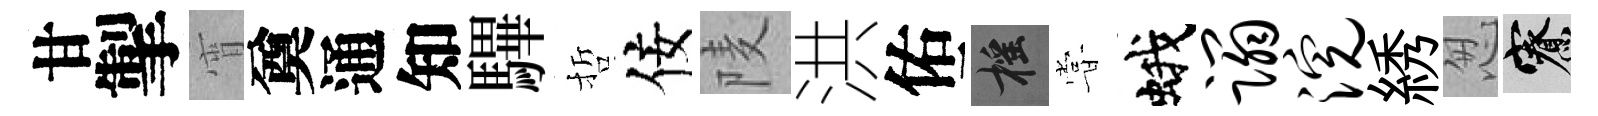
甘掣宵奠通知驆哲佞𨹧洪佑摇甞蛾蹋浣綉怱寮